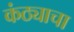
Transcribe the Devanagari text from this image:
कंठ्याचा